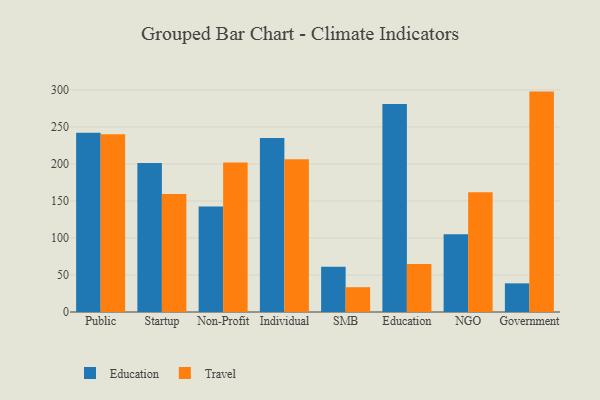
{"axis": {"x": "Segment", "y": "Active Users"}, "legend": ["Education", "Travel"], "data": [{"x": "Public", "y": 242.2, "type": "Education"}, {"x": "Public", "y": 240.2, "type": "Travel"}, {"x": "Startup", "y": 201.4, "type": "Education"}, {"x": "Startup", "y": 159.3, "type": "Travel"}, {"x": "Non-Profit", "y": 142.6, "type": "Education"}, {"x": "Non-Profit", "y": 202.1, "type": "Travel"}, {"x": "Individual", "y": 235.1, "type": "Education"}, {"x": "Individual", "y": 206.3, "type": "Travel"}, {"x": "SMB", "y": 61.0, "type": "Education"}, {"x": "SMB", "y": 33.5, "type": "Travel"}, {"x": "Education", "y": 280.8, "type": "Education"}, {"x": "Education", "y": 64.7, "type": "Travel"}, {"x": "NGO", "y": 104.9, "type": "Education"}, {"x": "NGO", "y": 161.7, "type": "Travel"}, {"x": "Government", "y": 38.7, "type": "Education"}, {"x": "Government", "y": 297.7, "type": "Travel"}]}